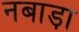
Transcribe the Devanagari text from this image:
नबाड़ा